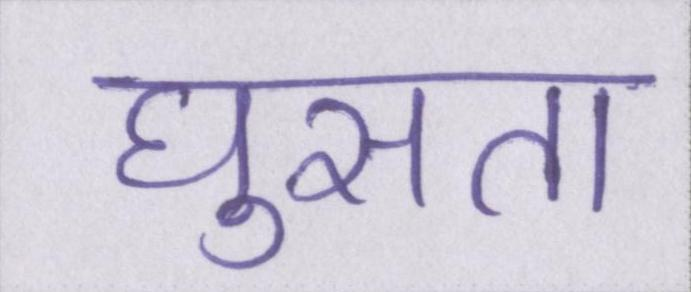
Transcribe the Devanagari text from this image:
घुसता